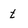
Character: t